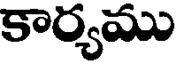
కార్యము